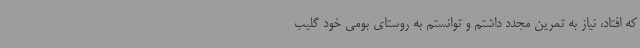
که افتاد، نیاز به تمرین مجدد داشتم و توانستم به روستای بومی خود گلیب